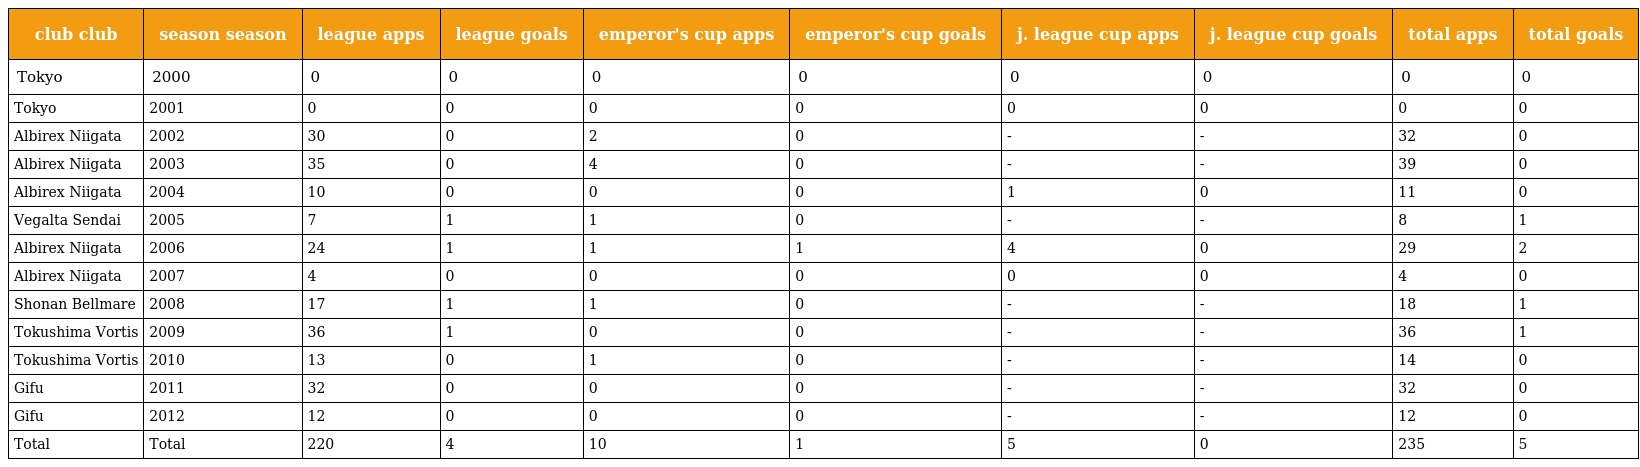
| club club | season season | league apps | league goals | emperor's cup apps | emperor's cup goals | j. league cup apps | j. league cup goals | total apps | total goals |
 | --- | --- | --- | --- | --- | --- | --- | --- | --- | --- |
 | Tokyo | 2000 | 0 | 0 | 0 | 0 | 0 | 0 | 0 | 0 |
 | Tokyo | 2001 | 0 | 0 | 0 | 0 | 0 | 0 | 0 | 0 |
 | Albirex Niigata | 2002 | 30 | 0 | 2 | 0 | - | - | 32 | 0 |
 | Albirex Niigata | 2003 | 35 | 0 | 4 | 0 | - | - | 39 | 0 |
 | Albirex Niigata | 2004 | 10 | 0 | 0 | 0 | 1 | 0 | 11 | 0 |
 | Vegalta Sendai | 2005 | 7 | 1 | 1 | 0 | - | - | 8 | 1 |
 | Albirex Niigata | 2006 | 24 | 1 | 1 | 1 | 4 | 0 | 29 | 2 |
 | Albirex Niigata | 2007 | 4 | 0 | 0 | 0 | 0 | 0 | 4 | 0 |
 | Shonan Bellmare | 2008 | 17 | 1 | 1 | 0 | - | - | 18 | 1 |
 | Tokushima Vortis | 2009 | 36 | 1 | 0 | 0 | - | - | 36 | 1 |
 | Tokushima Vortis | 2010 | 13 | 0 | 1 | 0 | - | - | 14 | 0 |
 | Gifu | 2011 | 32 | 0 | 0 | 0 | - | - | 32 | 0 |
 | Gifu | 2012 | 12 | 0 | 0 | 0 | - | - | 12 | 0 |
 | Total | Total | 220 | 4 | 10 | 1 | 5 | 0 | 235 | 5 |